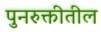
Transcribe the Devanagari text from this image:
पुनरुक्तीतील